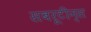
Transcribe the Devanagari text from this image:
सबरूटीन्स